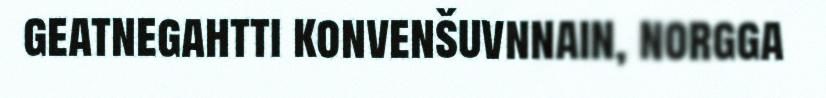
geatnegahtti konvenšuvnnain, norgga